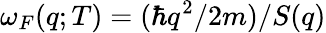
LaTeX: \omega_{F}(q;T)=(\hbar q^{2}/2m)/S(q)